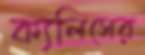
ক্যলিসের